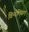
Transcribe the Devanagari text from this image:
विन्देलिसाए